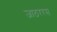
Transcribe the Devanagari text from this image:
जाठररस